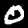
Label: 0